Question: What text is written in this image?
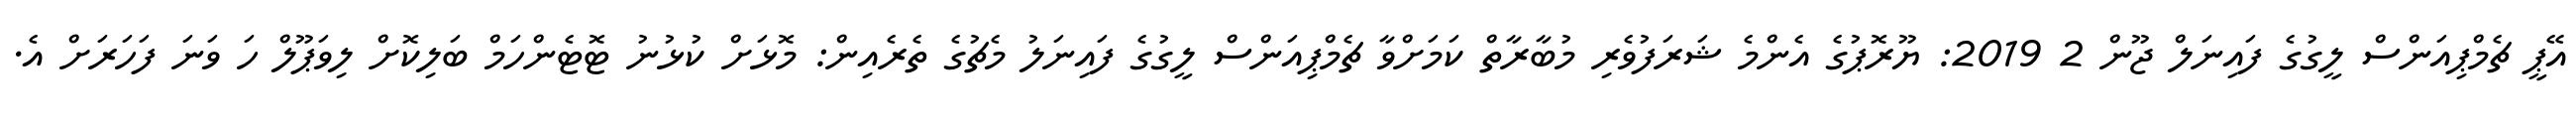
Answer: އޭޕީ ޗެމްޕިއަންސް ލީގުގެ ފައިނަލް ޖޫން 2 2019: ޔޫރޮޕުގެ އެންމެ ޝަރަފުވެރި މުބާރާތް ކަމަށްވާ ޗެމްޕިއަންސް ލީގުގެ ފައިނަލު މެޗުގެ ތެރެއިން: މޮޅަށް ކުޅުނު ޓޮޓެންހަމް ބަލިކޮށް ލިވަޕޫލް ހަ ވަނަ ފަހަރަށް އެ.